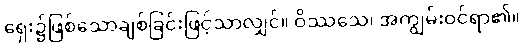
ရှေး၌ဖြစ်သောချစ်ခြင်းဖြင့်သာလျှင်။ ဝိဿသေ၊ အကျွမ်းဝင်ရာ၏။